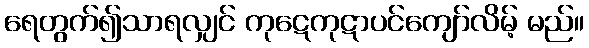
ရေတွက်၍သာရလျှင် ကုဋေကုဋာပင်ကျော်လိမ့် မည်။